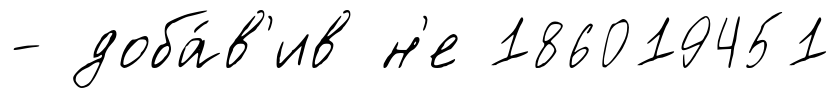
- доба́в'ив н'е 186019451